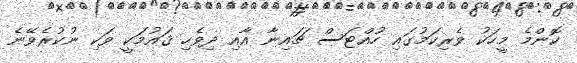
ކޮންމެ މީހަކު ވެރިކަމުގައި ހުއްޓަސް ޗައިނާ އާއި ދިވެހި ޤައުމަކީ ވަކި ނުކުރެވޭނެ